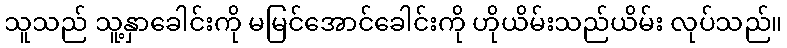
သူသည် သူ့နှာခေါင်းကို မမြင်အောင်ခေါင်းကို ဟိုယိမ်းသည်ယိမ်း လုပ်သည်။